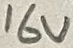
Text: 16V